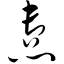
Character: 悫